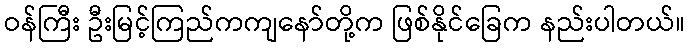
ဝန်ကြီး ဦးမြင့်ကြည်ကကျနော်တို့က ဖြစ်နိုင်ခြေက နည်းပါတယ်။